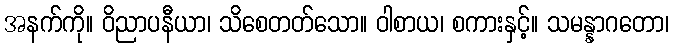
အနက်ကို။ ဝိညာပနီယာ၊ သိစေတတ်သော။ ဝါစာယ၊ စကားနှင့်။ သမန္နာဂတော၊